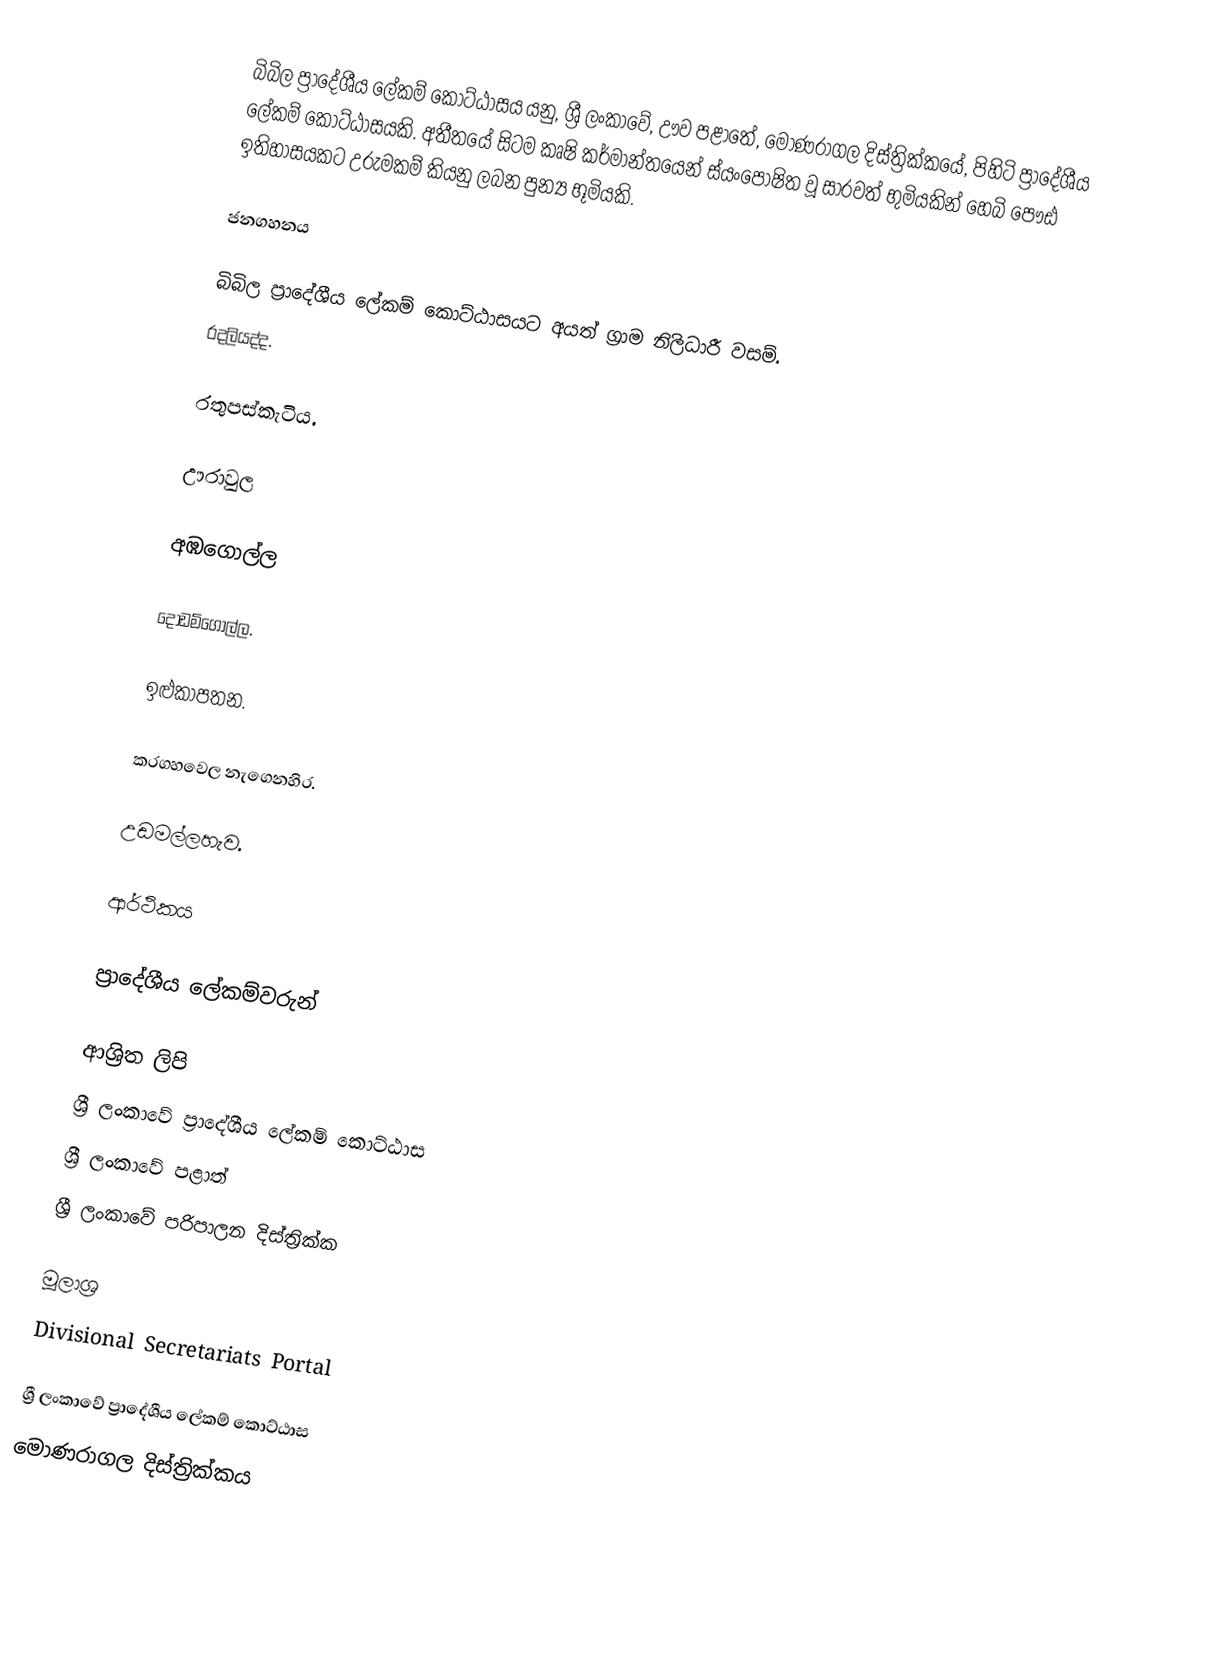
බිබිල ප්‍රාදේශීය ලේකම් කොට්ඨාසය යනු,  ශ්‍රී ලංකාවේ, ඌව පළාතේ,   මොණරාගල දිස්ත්‍රික්කයේ, පිහිටි ප්‍රාදේශීය ලේකම් කොට්ඨාසයකි. අතීතයේ සිටම කෘෂි කර්මාන්තයෙන් ස්යංපෝෂිත වූ සාරවත් භුමියකින් හෙබි පෞඪ ඉතිහාසයකට උරුමකම් කියනු ලබන පුන්‍ය භූමියකි.

ජනගහනය

බිබිල ප්‍රාදේශීය ලේකම් කොට්ඨාසයට අයත් ග්‍රාම නිිලධාරී වසම්.
රදලියද්ද.

රතුපස්කැටිය.

ඌරාවුල

අඹගොල්ල

දොඩම්ගොල්ල.

ඉළුකාපතන.

කරගහවෙල නැගෙනහිර.

උඩමල්ලහැව.

ආර්ථිකය

ප්‍රාදේශීය ලේකම්වරුන්

ආශ්‍රිත ලිපි
ශ්‍රී ලංකාවේ ප්‍රාදේශීය ලේකම් කොට්ඨාස
ශ්‍රී ලංකාවේ පළාත්
ශ්‍රී ලංකාවේ පරිපාලන දිස්ත්‍රික්ක

මූලාශ්‍ර
 Divisional Secretariats Portal

ශ්‍රී ලංකාවේ ප්‍රාදේශීය ලේකම් කොට්ඨාස
මොණරාගල දිස්ත්‍රික්කය